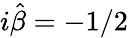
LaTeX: i\hat{\beta}=-1/2